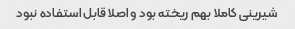
شیرینی کاملا بهم ریخته بود و اصلا قابل استفاده نبود